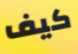
كيف